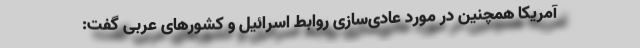
آمریکا همچنین در مورد عادی‌سازی روابط اسرائیل و کشورهای عربی گفت: